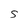
Character: S